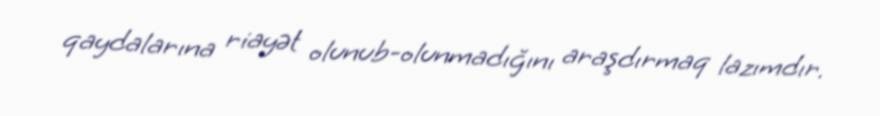
qaydalarına riayət olunub-olunmadığını araşdırmaq lazımdır.